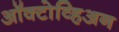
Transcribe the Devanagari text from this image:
ऑक्टोव्हिअन